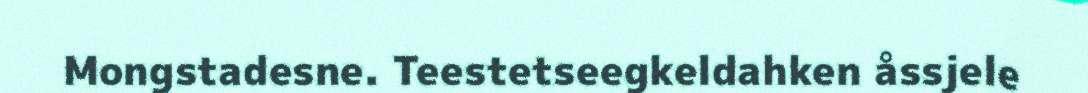
Mongstadesne. Teestetseegkeldahken åssjele